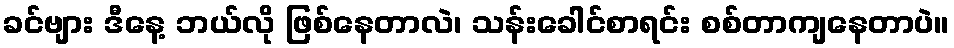
ခင်ဗျား ဒီနေ့ ဘယ်လို ဖြစ်နေတာလဲ၊ သန်းခေါင်စာရင်း စစ်တာကျနေတာပဲ။